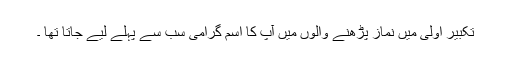
تکبیر اولی میں نماز پڑھنے والوں میں آپ کا اسم گرامی سب سے پہلے لیے جاتا تھا ۔